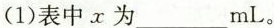
(1)表中x为___mL。